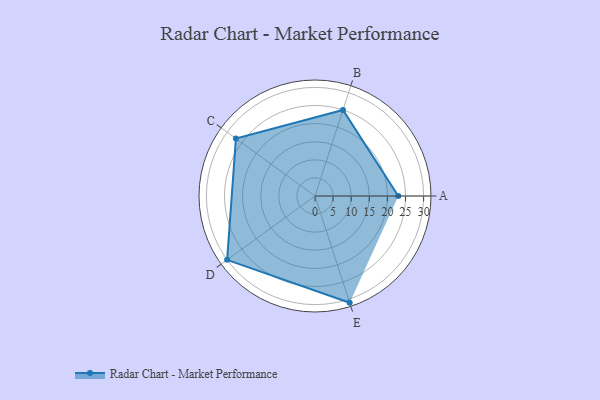
{"axis": {"x": "Skill", "y": "Score"}, "legend": ["Profile"], "data": [{"x": "A", "y": 23.0, "type": "Profile"}, {"x": "B", "y": 25.0, "type": "Profile"}, {"x": "C", "y": 27.0, "type": "Profile"}, {"x": "D", "y": 30.0, "type": "Profile"}, {"x": "E", "y": 31.0, "type": "Profile"}]}